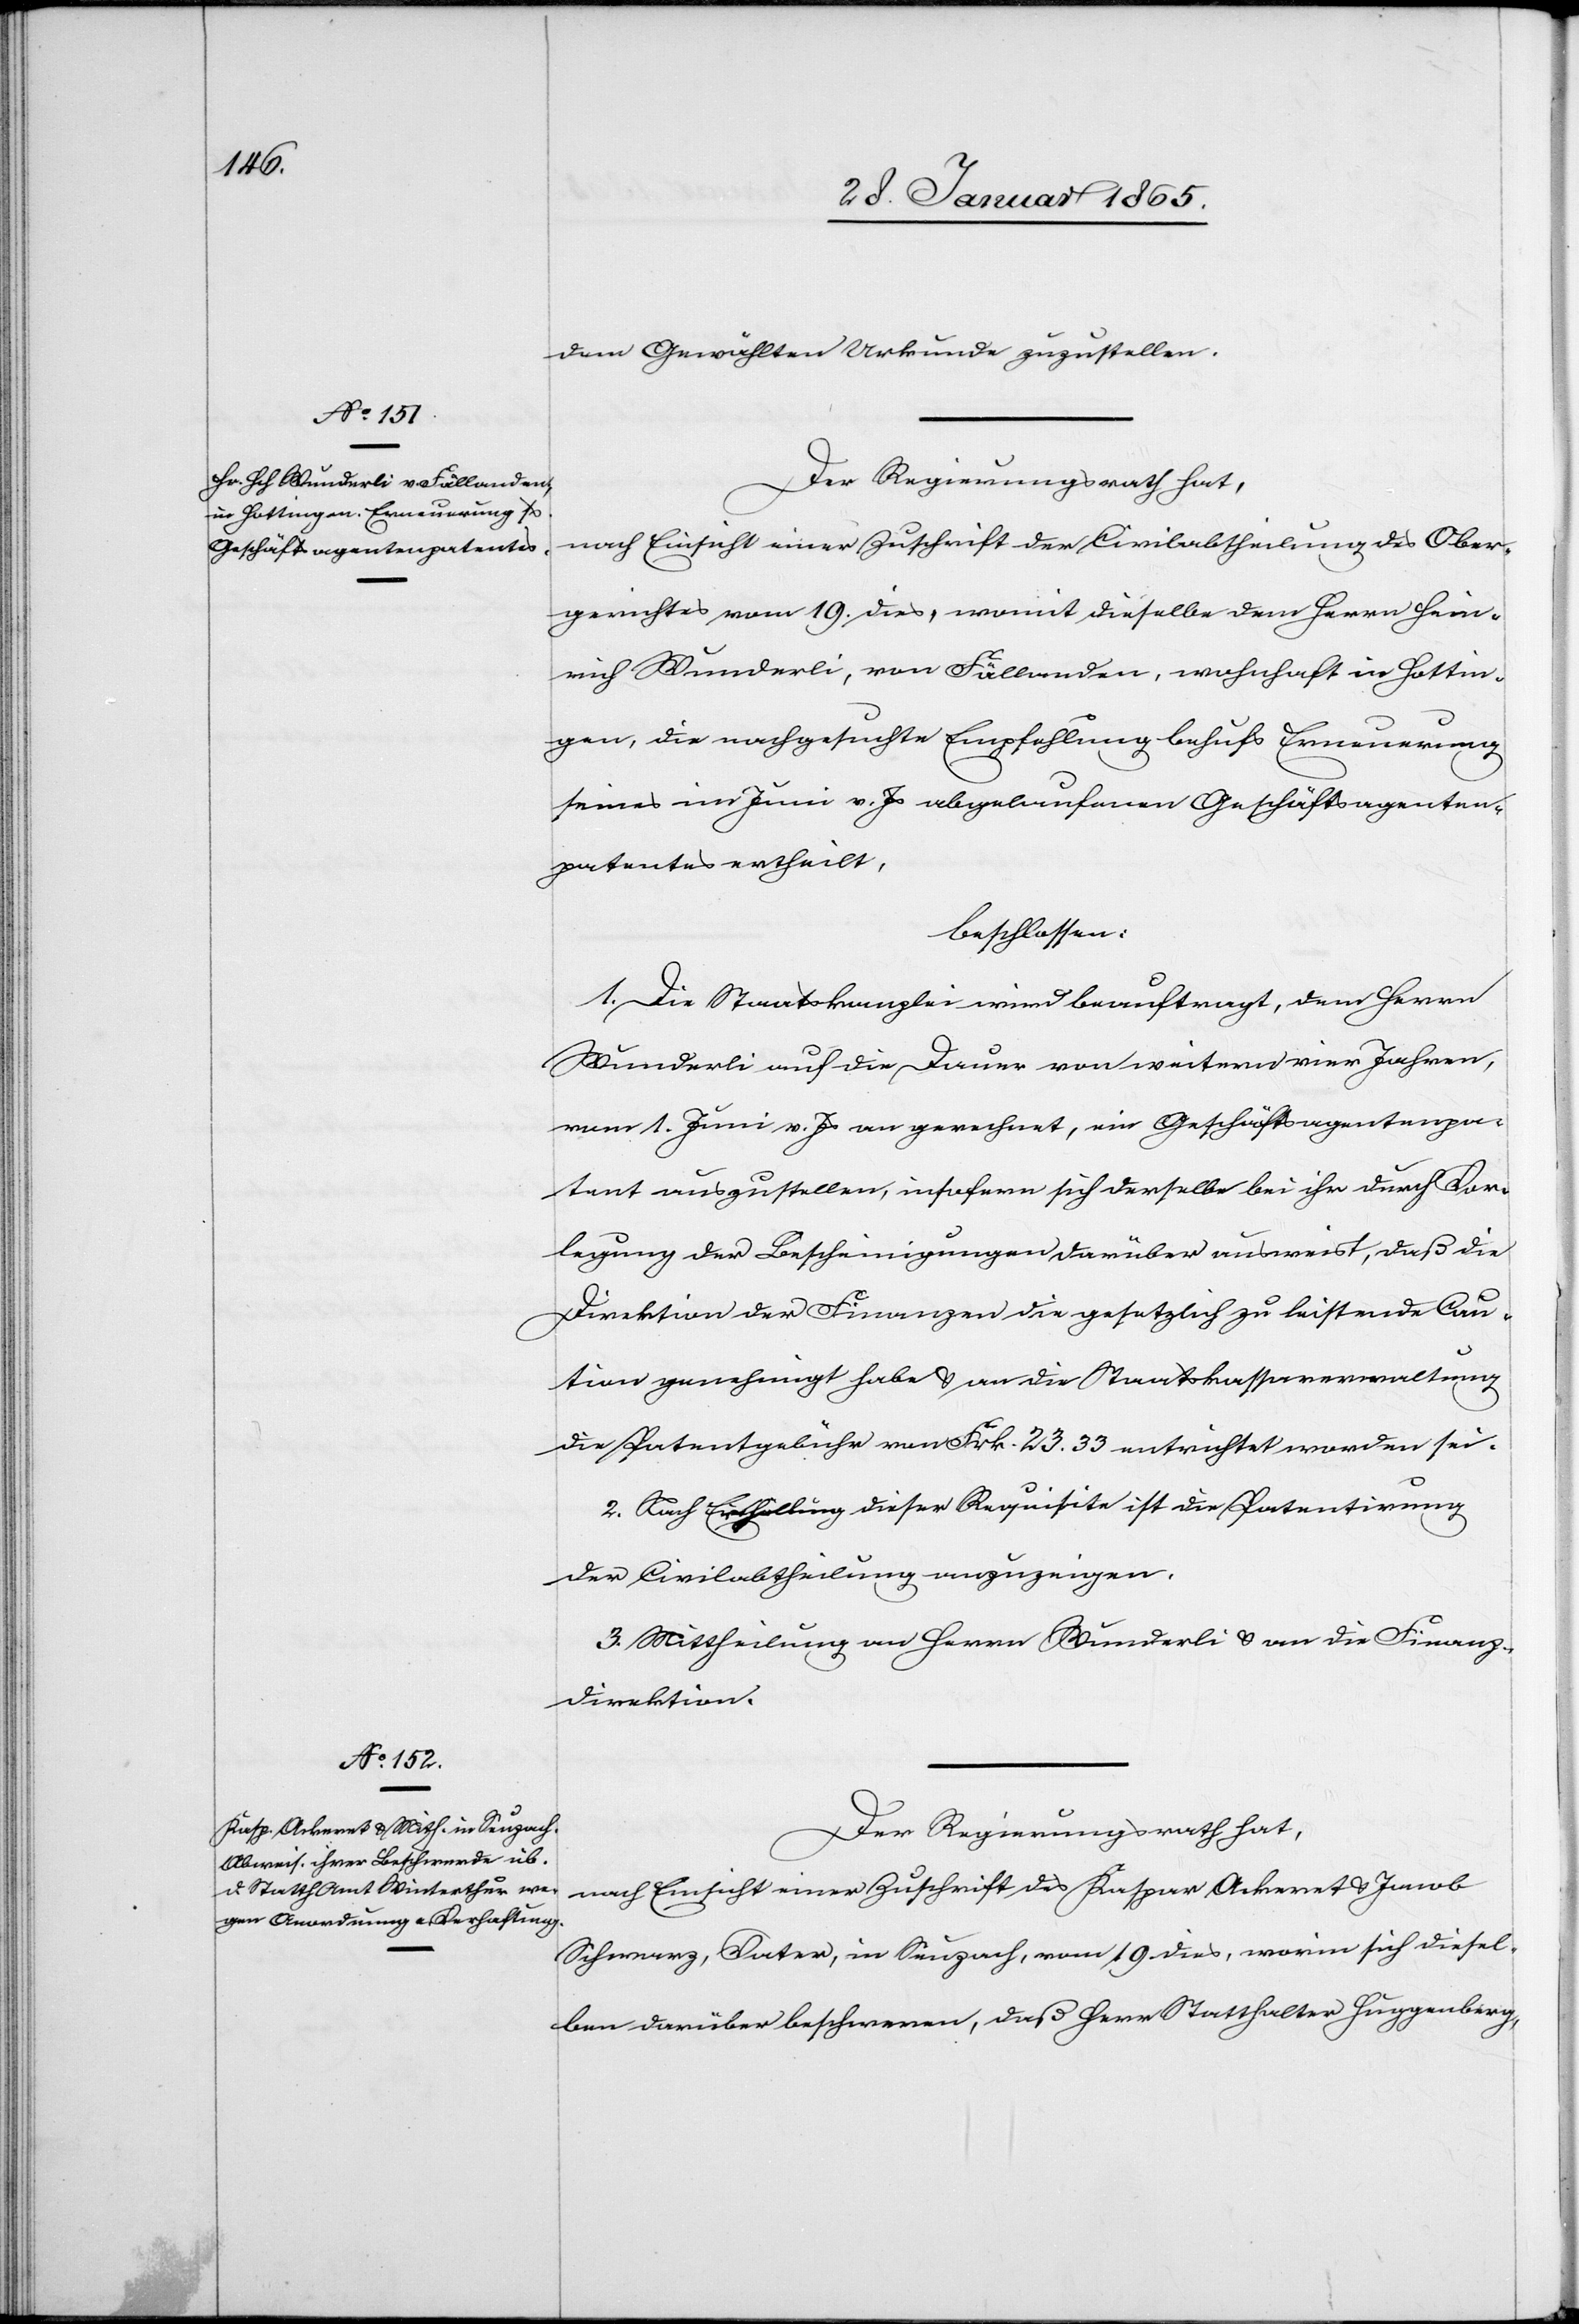
dem Gewählten Urkunde zuzustellen.
Der Regierungsrath hat,
nach Einsicht einer Zuschrift der Civilabtheilung des Ober¬
gerichtes vom 19. dies, womit dieselbe dem Herrn Hein¬
rich Wunderli, von Fällanden, wohnhaft in Hottin¬
gen, die nachgesuchte Empfehlung behufs Erneuerung
seines im Juni v. Js abgelaufenen Geschäftsagenten¬
patentes ertheilt,
beschlossen:
1. Die Staatskanzlei wird beauftragt, dem Herrn
Wunderli auf die Dauer von weitern vier Jahren,
vom 1. Juni v. Js an gerechnet, ein Geschäftsagentenpa¬
tent auszustellen, insofern sich derselbe bei ihr durch Vor¬
legung der Bescheinigungen darüber ausweist, daß die
Direktion der Finanzen die gesetzlich zu leistende Cau¬
tion genehmigt habe u. an die Staatskassaverwaltung
die Patentgebühr von Frk. 23. 33 entrichtet worden sei.
2. Nach Erfüllung dieser Requisite ist der Patentirung
der Civilabtheilung anzuzeigen.
3. Mittheilung an Herrn Wunderli u. an die Finanz¬
direktion.
Der Regierungsrath hat,
nach Einsicht einer Zuschrift des Kaspar Ackeret u. Jacob
Schwarz, Vater, in Seuzach, vom 19 dies, worin sich diesel¬
ben darüber beschweren, daß Herr Statthalter Huggenberg,